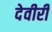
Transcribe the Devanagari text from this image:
देवीरी